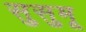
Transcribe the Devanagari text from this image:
सुसुमू